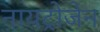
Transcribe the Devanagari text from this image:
नायट्रोजेन